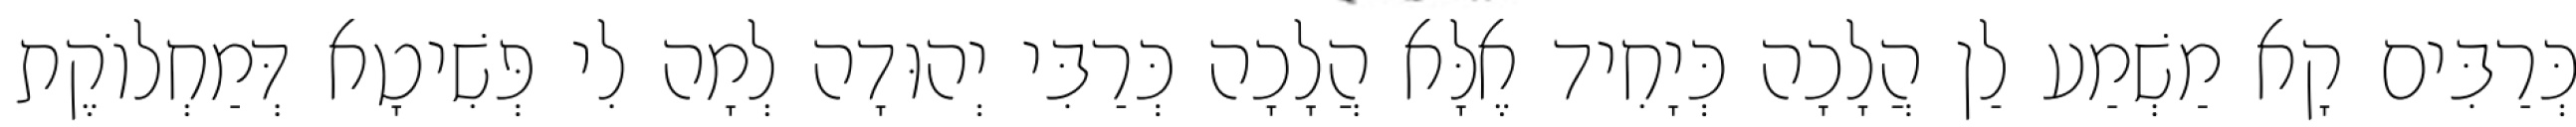
כְּרַבִּים קָא מַשְׁמַע לַן הֲלָכָה כְּיָחִיד אֶלָּא הֲלָכָה כְּרַבִּי יְהוּדָה לְמָה לִי פְּשִׁיטָא דְּמַחְלוֹקֶת